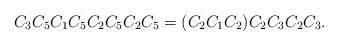
LaTeX: \begin{align*}C_3C_5C_1C_5C_2C_5C_2C_5=(C_2C_1C_2)C_2C_3C_2C_3.\end{align*}